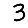
Digit: 3